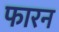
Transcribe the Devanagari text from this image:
फारन